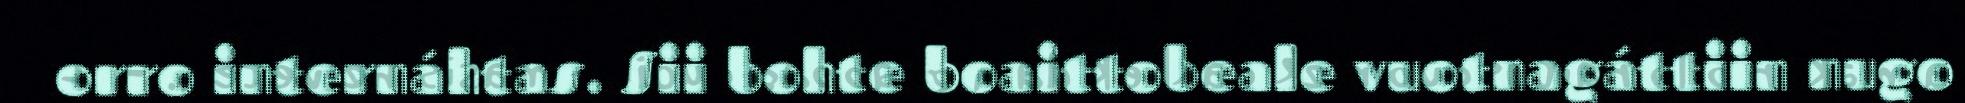
orro internáhtas. Sii bohte boaittobeale vuotnagáttiin nugo